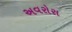
અવરોરા